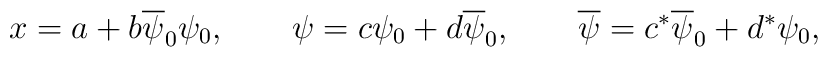
x=a+b\overline{\psi }_{0}\psi _{0} ,\qquad\psi =c\psi _{0}+d\overline{\psi} _{0} ,\qquad\overline{\psi} =c^*\overline{\psi} _{0}+d^*\psi _{0},